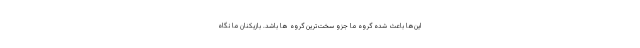
این‌ها باعث شده گروه ما جزو سخت‌ترین گروه ها باشد. بازیکنان ما نگاه